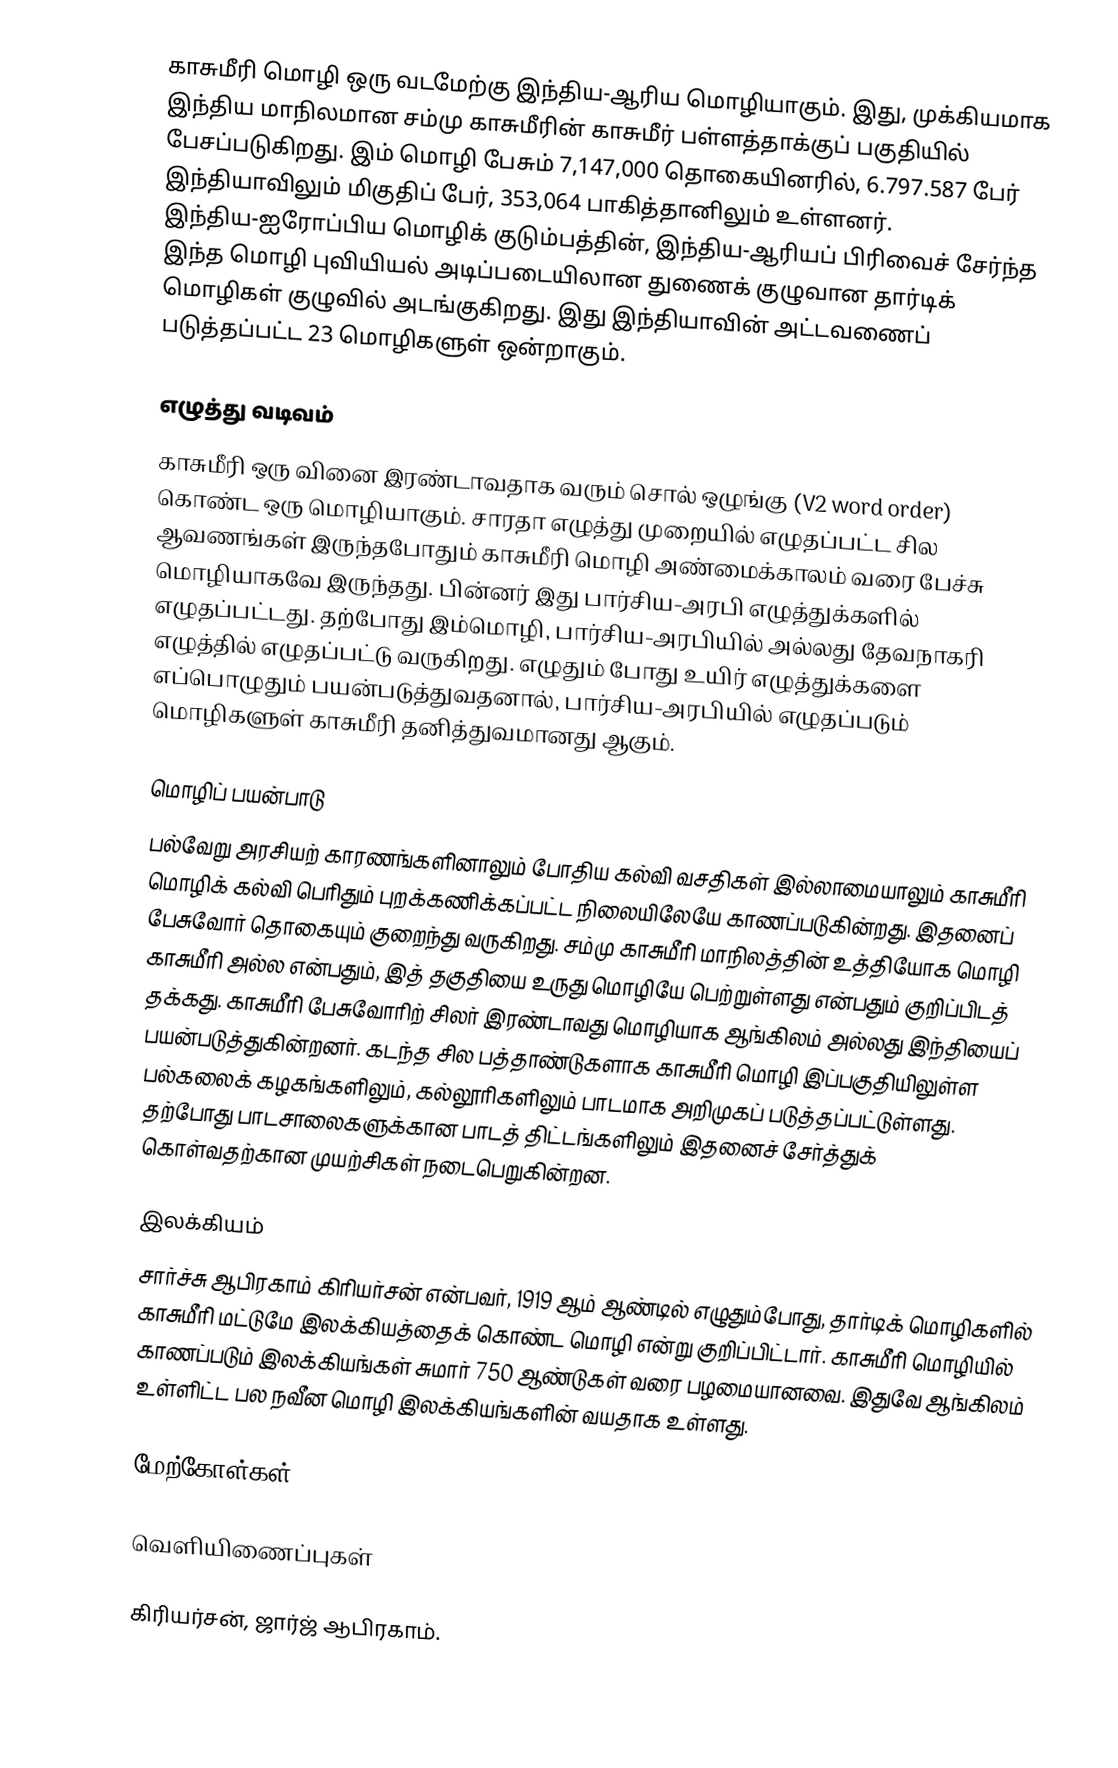
காசுமீரி மொழி ஒரு வடமேற்கு இந்திய-ஆரிய மொழியாகும். இது, முக்கியமாக இந்திய மாநிலமான சம்மு காசுமீரின் காசுமீர் பள்ளத்தாக்குப் பகுதியில் பேசப்படுகிறது. இம் மொழி பேசும் 7,147,000 தொகையினரில், 6.797.587 பேர் இந்தியாவிலும் மிகுதிப் பேர், 353,064 பாகித்தானிலும் உள்ளனர். இந்திய-ஐரோப்பிய மொழிக் குடும்பத்தின், இந்திய-ஆரியப் பிரிவைச் சேர்ந்த இந்த மொழி புவியியல் அடிப்படையிலான துணைக் குழுவான தார்டிக் மொழிகள் குழுவில் அடங்குகிறது. இது இந்தியாவின் அட்டவணைப் படுத்தப்பட்ட 23 மொழிகளுள் ஒன்றாகும்.

எழுத்து வடிவம்
காசுமீரி ஒரு வினை இரண்டாவதாக வரும் சொல் ஒழுங்கு (V2 word order) கொண்ட ஒரு மொழியாகும். சாரதா எழுத்து முறையில் எழுதப்பட்ட சில ஆவணங்கள் இருந்தபோதும் காசுமீரி  மொழி அண்மைக்காலம் வரை பேச்சு மொழியாகவே இருந்தது. பின்னர் இது பார்சிய-அரபி எழுத்துக்களில் எழுதப்பட்டது. தற்போது இம்மொழி, பார்சிய-அரபியில் அல்லது தேவநாகரி எழுத்தில் எழுதப்பட்டு வருகிறது. எழுதும் போது உயிர் எழுத்துக்களை எப்பொழுதும் பயன்படுத்துவதனால், பார்சிய-அரபியில் எழுதப்படும் மொழிகளுள் காசுமீரி  தனித்துவமானது ஆகும்.

மொழிப் பயன்பாடு
பல்வேறு அரசியற் காரணங்களினாலும் போதிய கல்வி வசதிகள் இல்லாமையாலும் காசுமீரி மொழிக் கல்வி பெரிதும் புறக்கணிக்கப்பட்ட நிலையிலேயே காணப்படுகின்றது. இதனைப் பேசுவோர் தொகையும் குறைந்து வருகிறது. சம்மு காசுமீரி மாநிலத்தின் உத்தியோக மொழி காசுமீரி  அல்ல என்பதும், இத் தகுதியை உருது மொழியே பெற்றுள்ளது என்பதும் குறிப்பிடத் தக்கது. காசுமீரி பேசுவோரிற் சிலர் இரண்டாவது மொழியாக ஆங்கிலம் அல்லது இந்தியைப் பயன்படுத்துகின்றனர். கடந்த சில பத்தாண்டுகளாக காசுமீரி மொழி இப்பகுதியிலுள்ள பல்கலைக் கழகங்களிலும், கல்லூரிகளிலும் பாடமாக அறிமுகப் படுத்தப்பட்டுள்ளது. தற்போது பாடசாலைகளுக்கான பாடத் திட்டங்களிலும் இதனைச் சேர்த்துக் கொள்வதற்கான முயற்சிகள் நடைபெறுகின்றன.

இலக்கியம்
சார்ச்சு ஆபிரகாம் கிரியர்சன் என்பவர், 1919 ஆம் ஆண்டில் எழுதும்போது, தார்டிக் மொழிகளில் காசுமீரி மட்டுமே இலக்கியத்தைக் கொண்ட மொழி என்று குறிப்பிட்டார். காசுமீரி மொழியில் காணப்படும் இலக்கியங்கள் சுமார் 750 ஆண்டுகள் வரை பழமையானவை. இதுவே ஆங்கிலம் உள்ளிட்ட பல நவீன மொழி இலக்கியங்களின் வயதாக உள்ளது.

மேற்கோள்கள்

வெளியிணைப்புகள்

 கிரியர்சன், ஜார்ஜ் ஆபிரகாம்.